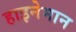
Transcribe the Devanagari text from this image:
हाइनेमान